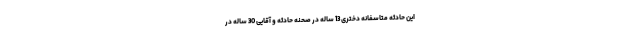
این حادثه متاسفانه دختری 13 ساله در صحنه حادثه و آقایی 30 ساله در